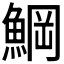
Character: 𩸒